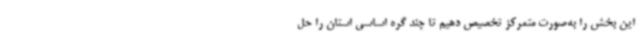
این بخش را به‌صورت متمرکز تخصیص دهیم تا چند گره اساسی استان را حل